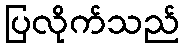
ပြလိုက်သည်